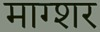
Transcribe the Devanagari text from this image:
माग्शर